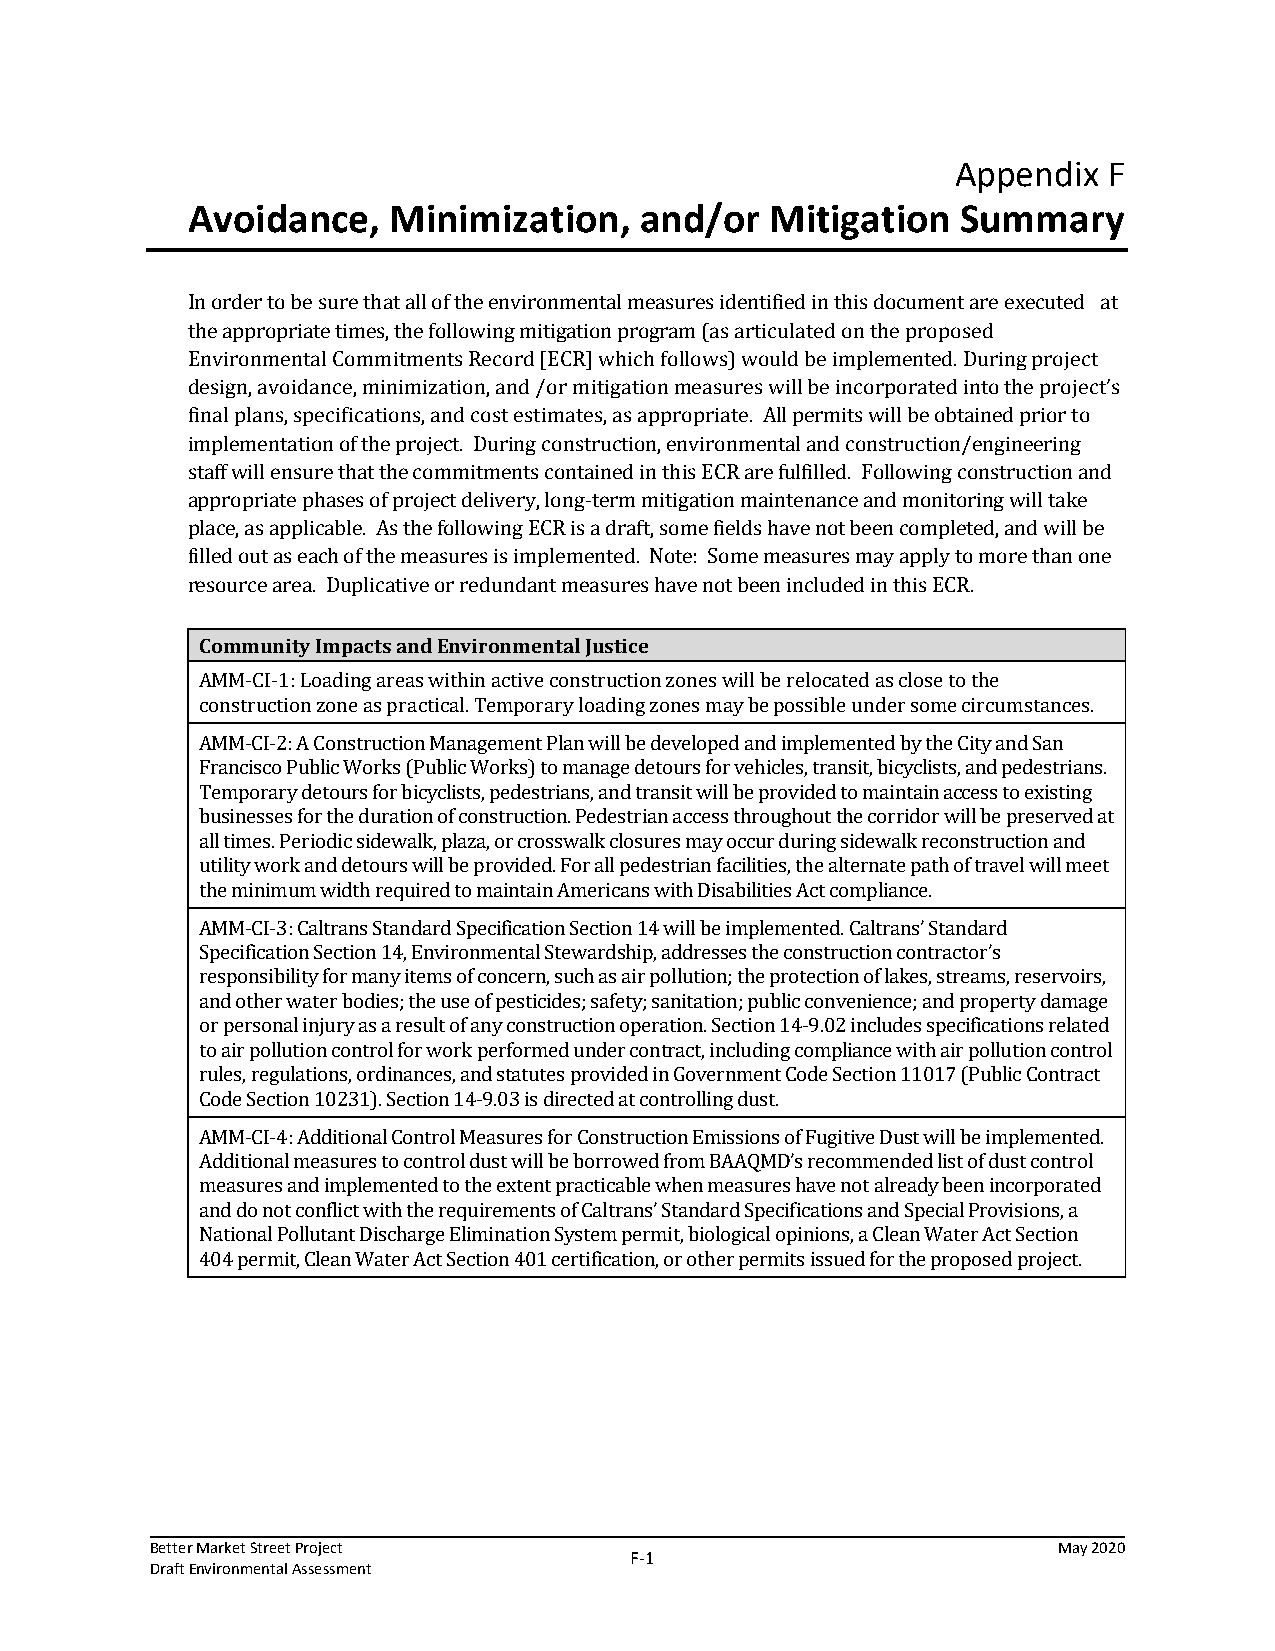
Appendix  F
 Avoidance,    Minimization,   and/or   Mitigation   Summary
 In order to be sure that all of the environmental measures identified in this document are executed at
 the appropriate times, the following mitigation program (as articulated on the proposed
 Environmental Commitments Record [ECR] which follows) would be implemented. During project
 design, avoidance, minimization, and /or mitigation measures will be incorporated into the project’s
 final plans, specifications, and cost estimates, as appropriate. All permits will be obtained prior to
 implementation of the project. During construction, environmental and construction/engineering
 staff will ensure that the commitments contained in this ECR are fulfilled. Following construction and
 appropriate phases of project delivery, long-term mitigation maintenance and monitoring will take
 place, as applicable. As the following ECR is a draft, some fields have not been completed, and will be
 filled out as each of the measures is implemented. Note: Some measures may apply to more than one
 resource area. Duplicative or redundant measures have not been included in this ECR.
 Community Impacts and Environmental Justice
 AMM-CI-1: Loading areas within active construction zones will be relocated as close to the
 construction zone as practical. Temporary loading zones may be possible under some circumstances.
 AMM-CI-2: A Construction Management Plan will be developed and implemented by the City and San
 Francisco Public Works (Public Works) to manage detours for vehicles, transit, bicyclists, and pedestrians.
 Temporary detours for bicyclists, pedestrians, and transit will be provided to maintain access to existing
 businesses for the duration of construction. Pedestrian access throughout the corridor will be preserved at
 all times. Periodic sidewalk, plaza, or crosswalk closures may occur during sidewalk reconstruction and
 utility work and detours will be provided. For all pedestrian facilities, the alternate path of travel will meet
 the minimum width required to maintain Americans with Disabilities Act compliance.
 AMM-CI-3: Caltrans Standard Specification Section 14 will be implemented. Caltrans’ Standard
 Specification Section 14, Environmental Stewardship, addresses the construction contractor’s
 responsibility for many items of concern, such as air pollution; the protection of lakes, streams, reservoirs,
 and other water bodies; the use of pesticides; safety; sanitation; public convenience; and property damage
 or personal injury as a result of any construction operation. Section 14-9.02 includes specifications related
 to air pollution control for work performed under contract, including compliance with air pollution control
 rules, regulations, ordinances, and statutes provided in Government Code Section 11017 (Public Contract
 Code Section 10231). Section 14-9.03 is directed at controlling dust.
 AMM-CI-4: Additional Control Measures for Construction Emissions of Fugitive Dust will be implemented.
 Additional measures to control dust will be borrowed from BAAQMD’s recommended list of dust control
 measures and implemented to the extent practicable when measures have not already been incorporated
 and do not conflict with the requirements of Caltrans’ Standard Specifications and Special Provisions, a
 National Pollutant Discharge Elimination System permit, biological opinions, a Clean Water Act Section
 404 permit, Clean Water Act Section 401 certification, or other permits issued for the proposed project.
 Better Market Street Project                                May 2020
 F‐1
 Draft Environmental Assessment